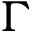
\Gamma